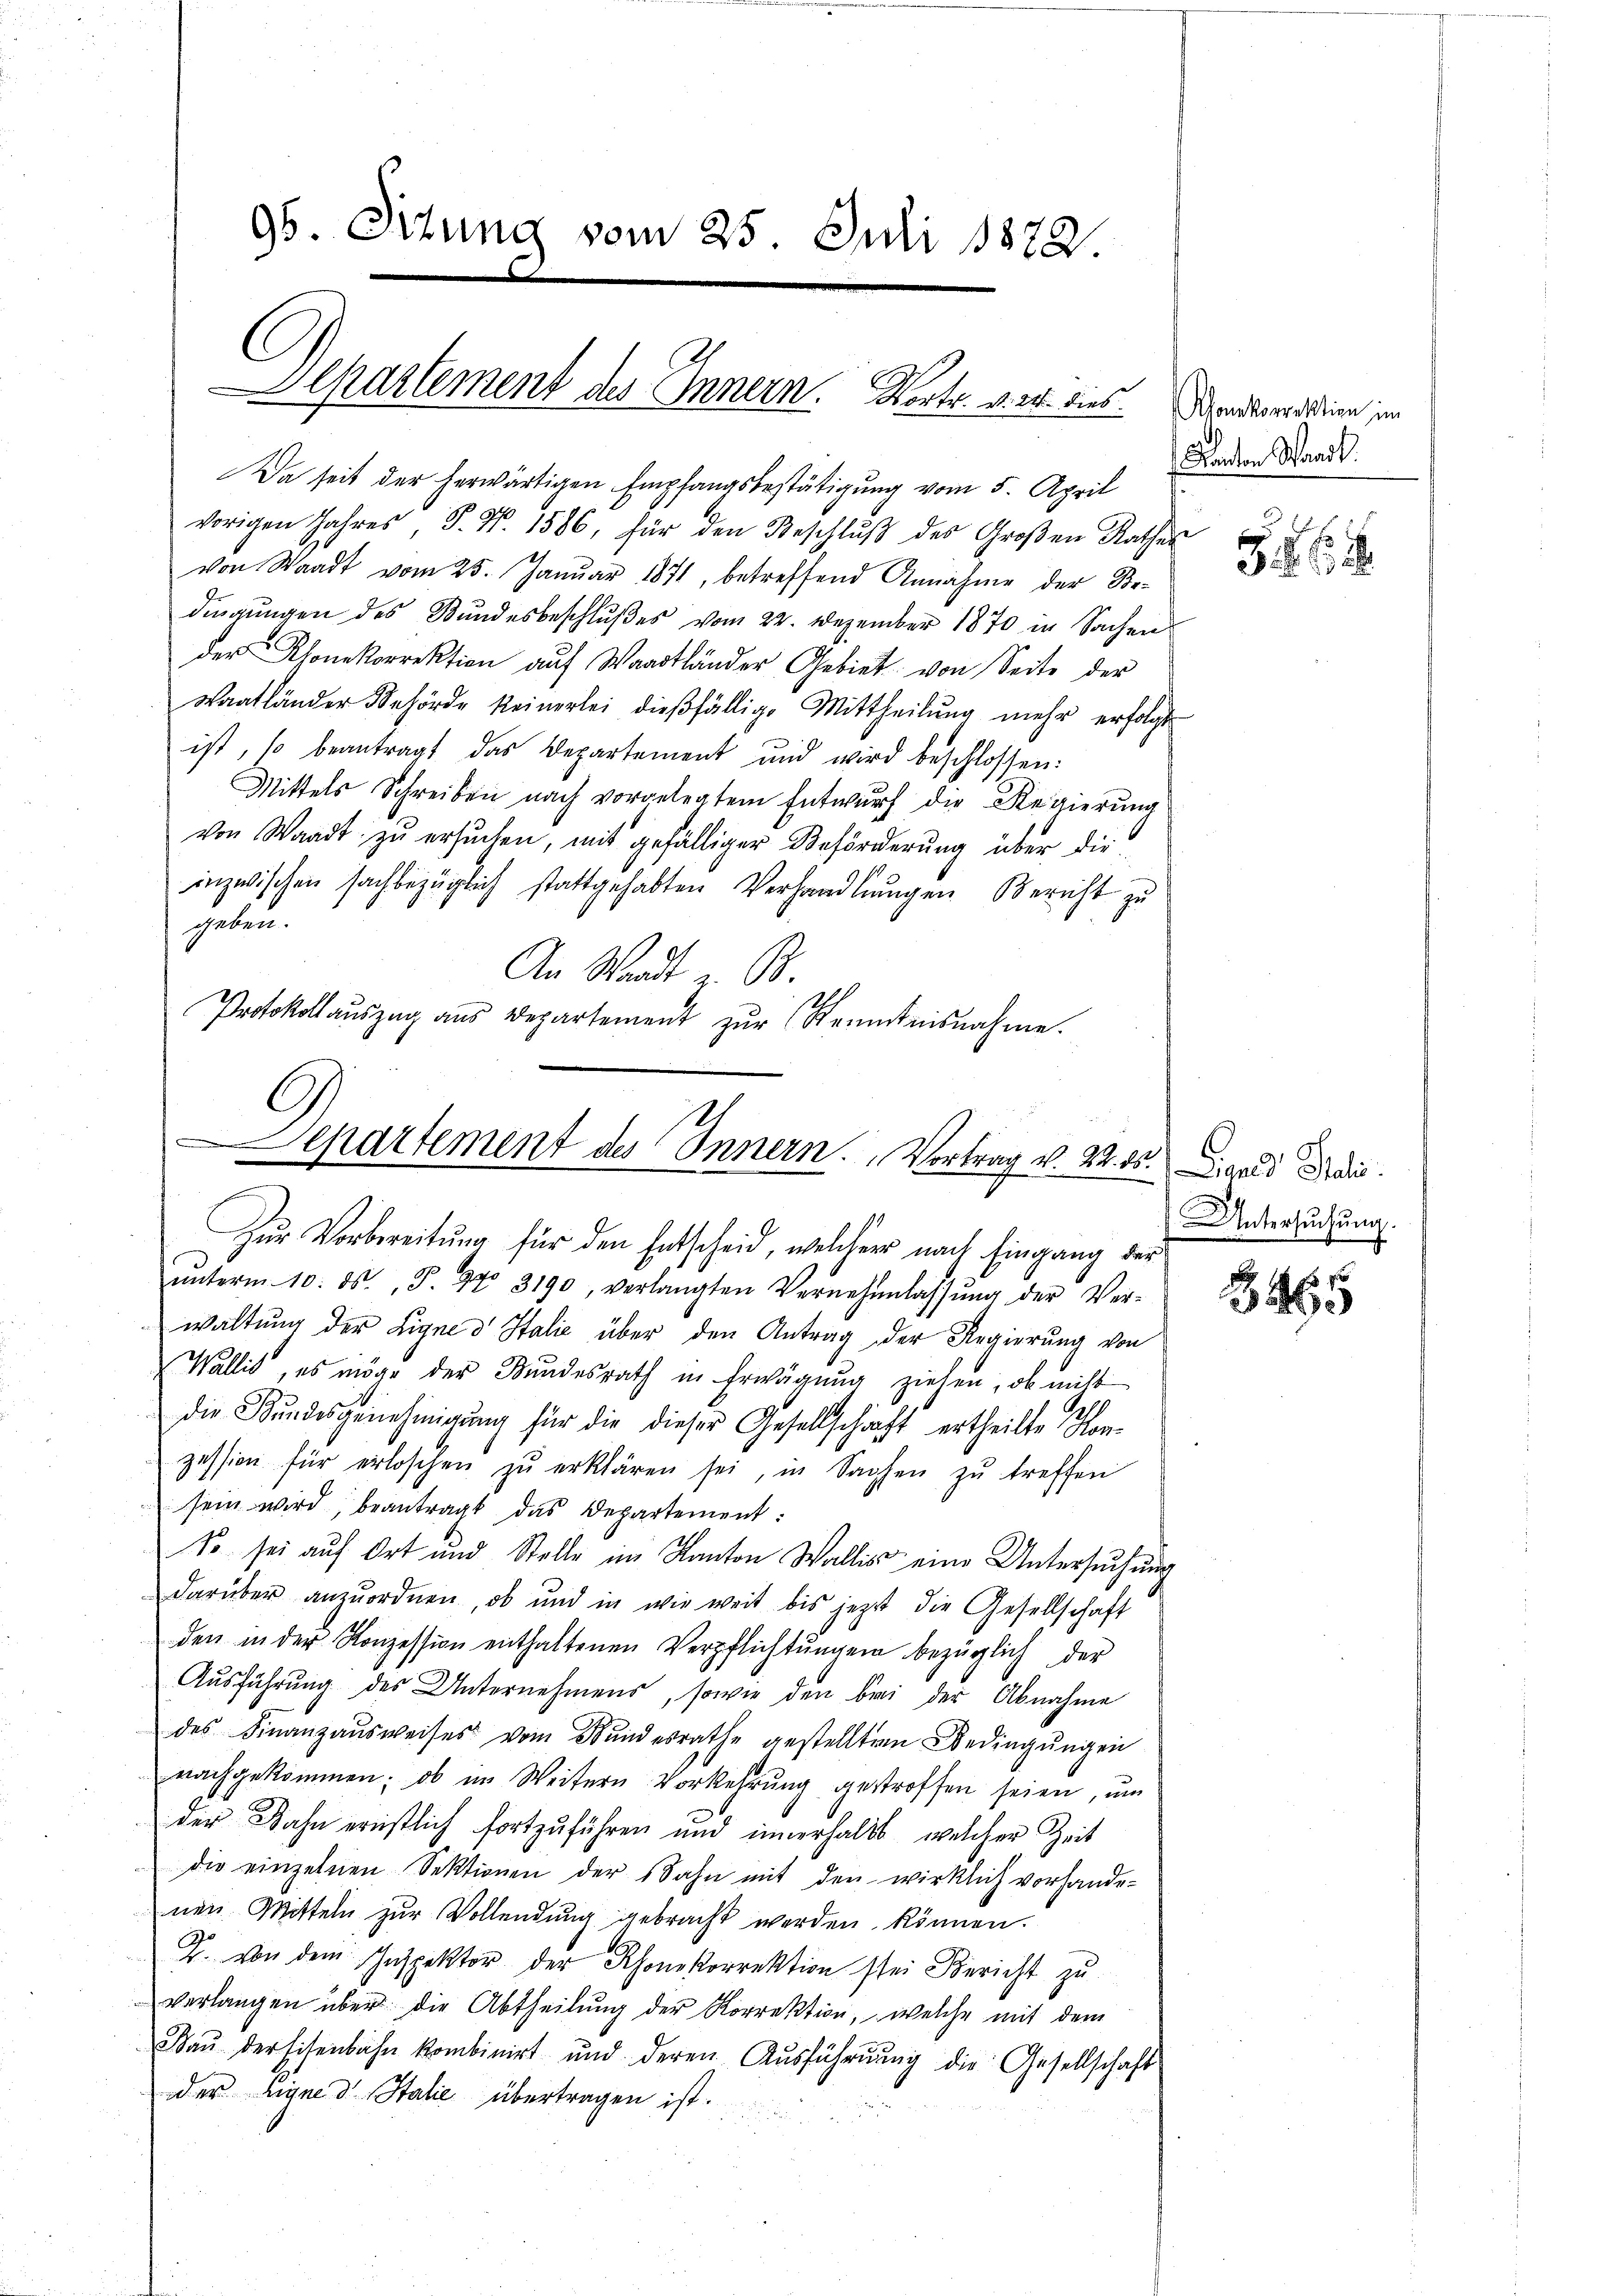
96. Situng vom 25. Juli 1872.

Departement des Innern. Worte vier aus
Da seit der herwärtigen Empfangsbestätigung vom 5. April

vorigen Jahres P. Nr. 1586, für den Beschlŭβ des Groβen Rathes
von Waadt vom 25. Januar 1871, betreffend Annahme der Bedingungen des Bundesbeschlußes vom 22. Dezember 1870 in Sachen
der Rhonekorrektion auf Waadtländer Gebiet von Seite der
waatländer Behörde keinerlei dießfällige Mittheilŭng mehr erfolgt
ist, so beantragt das Departement und wird beschlossen:
Mittels Schreiben nach vorgelegtem Entwurf die Regierŭng
von Waadt zŭ ersŭchen, mit gefälliger Beförderung über die
inzwischen sachbezüglich stattgehabten Verhandlŭngen Bericht zu
geben.
An Stadt z. B.
Protokollaŭszŭg ans Departement zŭr Kenntnisnahme.

Separtement des Innern. Vortrag v. 24. ds. Liwald Dedic
f
Zur Vorbereitung für den Entscheid, welcher nach Eingang der

ŭnterm 10. ds., S. 97. 3190, verlangten Vernehmlassŭng der Ver-
waltŭng der Ligne d Italić über den Antrag der Regierŭng von
Wallis, es möge der Bundesrath in Erwägung ziehen, ob nicht
die Bŭndesgenehmigŭng für die dieser Gesellschaft ertheilte Konzession für erloschen zŭ erklären sei, in Sachen zŭ treffen
sein wird, beantragt das Departement:
So sei auf Ort und Stelle im Kanton Wallis eine Untersuchung
darüber anzuordnen, ob und in wie weit bis jetzt die Gesellschaft
den in der Konzession enthaltenen Verpflichtŭngen bezüglich der
Aŭsführŭng des Unternehmens, sowie den bei der Abnahme
des Finanzaŭsweises vom Bundesrathe gestellten Bedingŭngen
nachgekommen: ob im Weitern Vorkehrung gestroffen seien, um
der Bahn ernstlich fortzuführen und innerhalts, welcher Zeit
die einzelnen Sektionen der Sahn mit den wirklich vorhande-
nen Mitteln zur Vollendung gebracht werden können.
J. von dem Inspektor der Rhonekorrektion sei Bericht zu
verlangen über die Abtheilŭng der Korrektion, welche mit dem
Baŭ der Eisenbahn kombinirt und deren Aŭsführŭng die Gesellschaft
der Eignes Stalie übertragen ist.

Rhonkorrektion im
Kanton Waadt.
5

C
UUntersuchung.

3465